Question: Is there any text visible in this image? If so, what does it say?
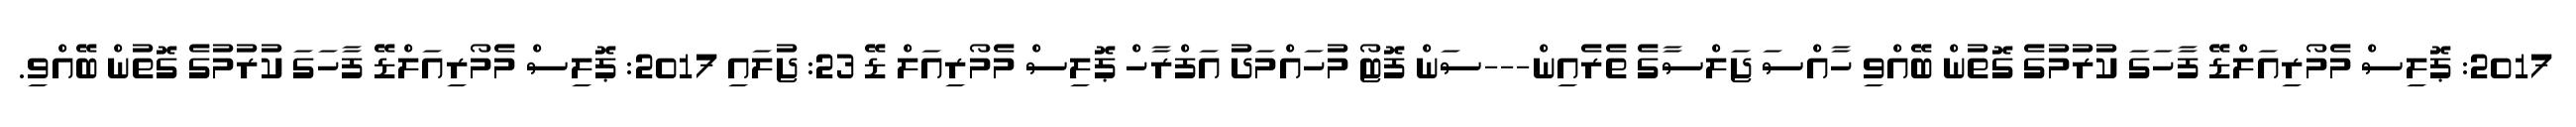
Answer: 2017: ޕޮލިސް މެމޯރިއަލްޑޭ ފާހަގަ ކުރުމުގެ ގޮތުން ބޭއްވި ހާއްސަ ޖަލްސާގެ ތެރެއިން---ސަން ފޮޓޯ މުހައްމަދު އަފްރާހް ޕޮލިސް މެމޯރިއަލް ޑޭ 23: ޖުލައި 2017: ޕޮލިސް މެމޯރިއަލްޑޭ ފާހަގަ ކުރުމުގެ ގޮތުން ބޭއްވި.